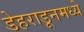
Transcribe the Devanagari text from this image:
डेहराडूनमध्ये